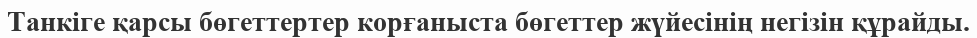
Танкіге қарсы бөгеттертер корғаныста бөгеттер жүйесінің негізін құрайды.